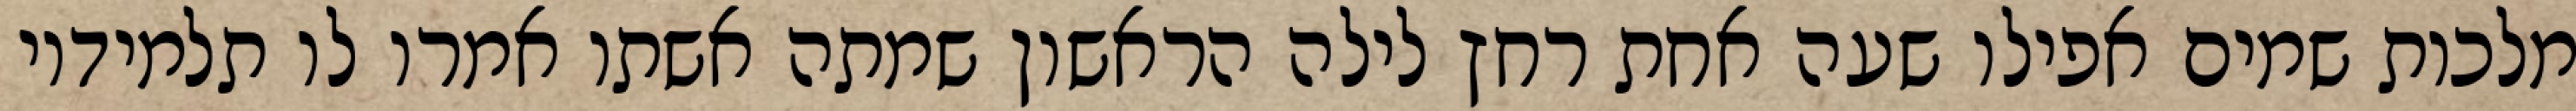
מלכות שמים אפילו שעה אחת רחץ לילה הראשון שמתה אשתו אמרו לו תלמידיו